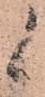
候